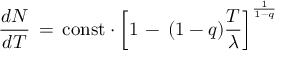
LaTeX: \frac { d N } { d T } \, = \, \mathrm { c o n s t } \cdot \left[ 1 \, - \, ( 1 - q ) \frac { T } { \lambda } \right] ^ { \frac { 1 } { 1 - q } }